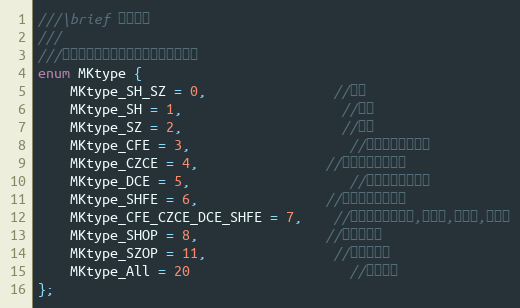
Language: C
///\brief 市场类型
///
///用于全市场订阅函数中指定市场类型。
enum MKtype {
	MKtype_SH_SZ = 0,				//沪深
	MKtype_SH = 1,					//沪市
	MKtype_SZ = 2,					//深市
	MKtype_CFE = 3,					//期货市场：中金所
	MKtype_CZCE = 4,				//期货市场：郑商所
	MKtype_DCE = 5,					//期货市场：大商所
	MKtype_SHFE = 6,				//期货市场：上期所
	MKtype_CFE_CZCE_DCE_SHFE = 7,	//期货市场：中金所,郑商所,大商所,上期所
	MKtype_SHOP = 8,				//上交所期权
	MKtype_SZOP = 11,				//深交所期权
	MKtype_All = 20					//全部市场
};